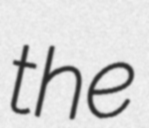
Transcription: the